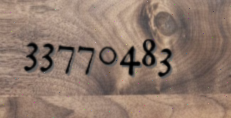
33770483